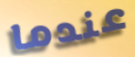
عندما